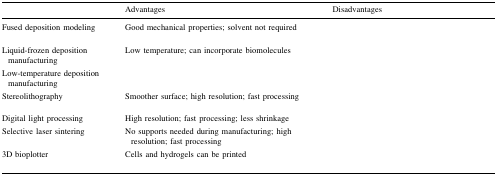
<table><thead><tr><td>[EMPTY_CELL]</td><td><b>Advantages</b></td><td><b>Disadvantages</b></td></tr></thead><tbody><tr><td>Fused deposition modeling</td><td>Good mechanical properties; solvent not required</td><td>[EMPTY_CELL]</td></tr><tr><td>Liquid-frozen deposition manufacturing</td><td rowspan="2">Low temperature; can incorporate biomolecules</td><td rowspan="2">[EMPTY_CELL]</td></tr><tr><td>Low-temperature deposition manufacturing</td></tr><tr><td>Stereolithography</td><td>Smoother surface; high resolution; fast processing</td><td>[EMPTY_CELL]</td></tr><tr><td>Digital light processing</td><td>High resolution; fast processing; less shrinkage</td><td>[EMPTY_CELL]</td></tr><tr><td>Selective laser sintering</td><td>No supports needed during manufacturing; high resolution; fast processing</td><td>[EMPTY_CELL]</td></tr><tr><td>3D bioplotter</td><td>Cells and hydrogels can be printed</td><td>[EMPTY_CELL]</td></tr></tbody></table>